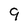
Character: 9